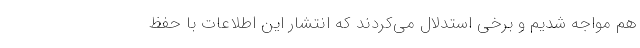
هم مواجه شدیم و برخی استدلال می‌کردند که انتشار این اطلاعات با حفظ